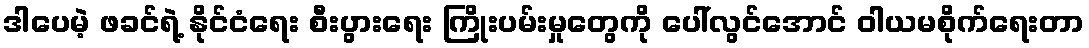
ဒါပေမဲ့ ဖခင်ရဲ့ နိုင်ငံရေး စီးပွားရေး ကြိုးပမ်းမှုတွေကို ပေါ်လွင်အောင် ဝါယမစိုက်ရေးတာ